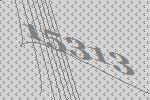
15313